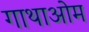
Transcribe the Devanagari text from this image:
गाथाओम